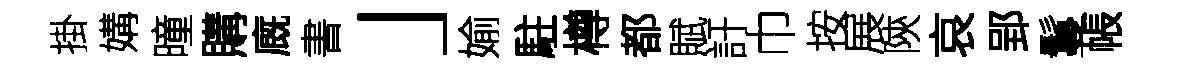
掛媾曈購廐書」媮駐樽都賦訏巾按展陝哀郢鬘帳